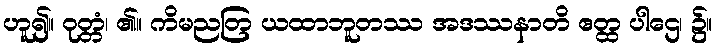
ဟူ၍။ ဝုတ္တံ၊ ၏။ ကိမညတြ ယထာဘူတဿ အဒဿနာတိ ဧတ္ထ ပါဌေ၊ ၌။